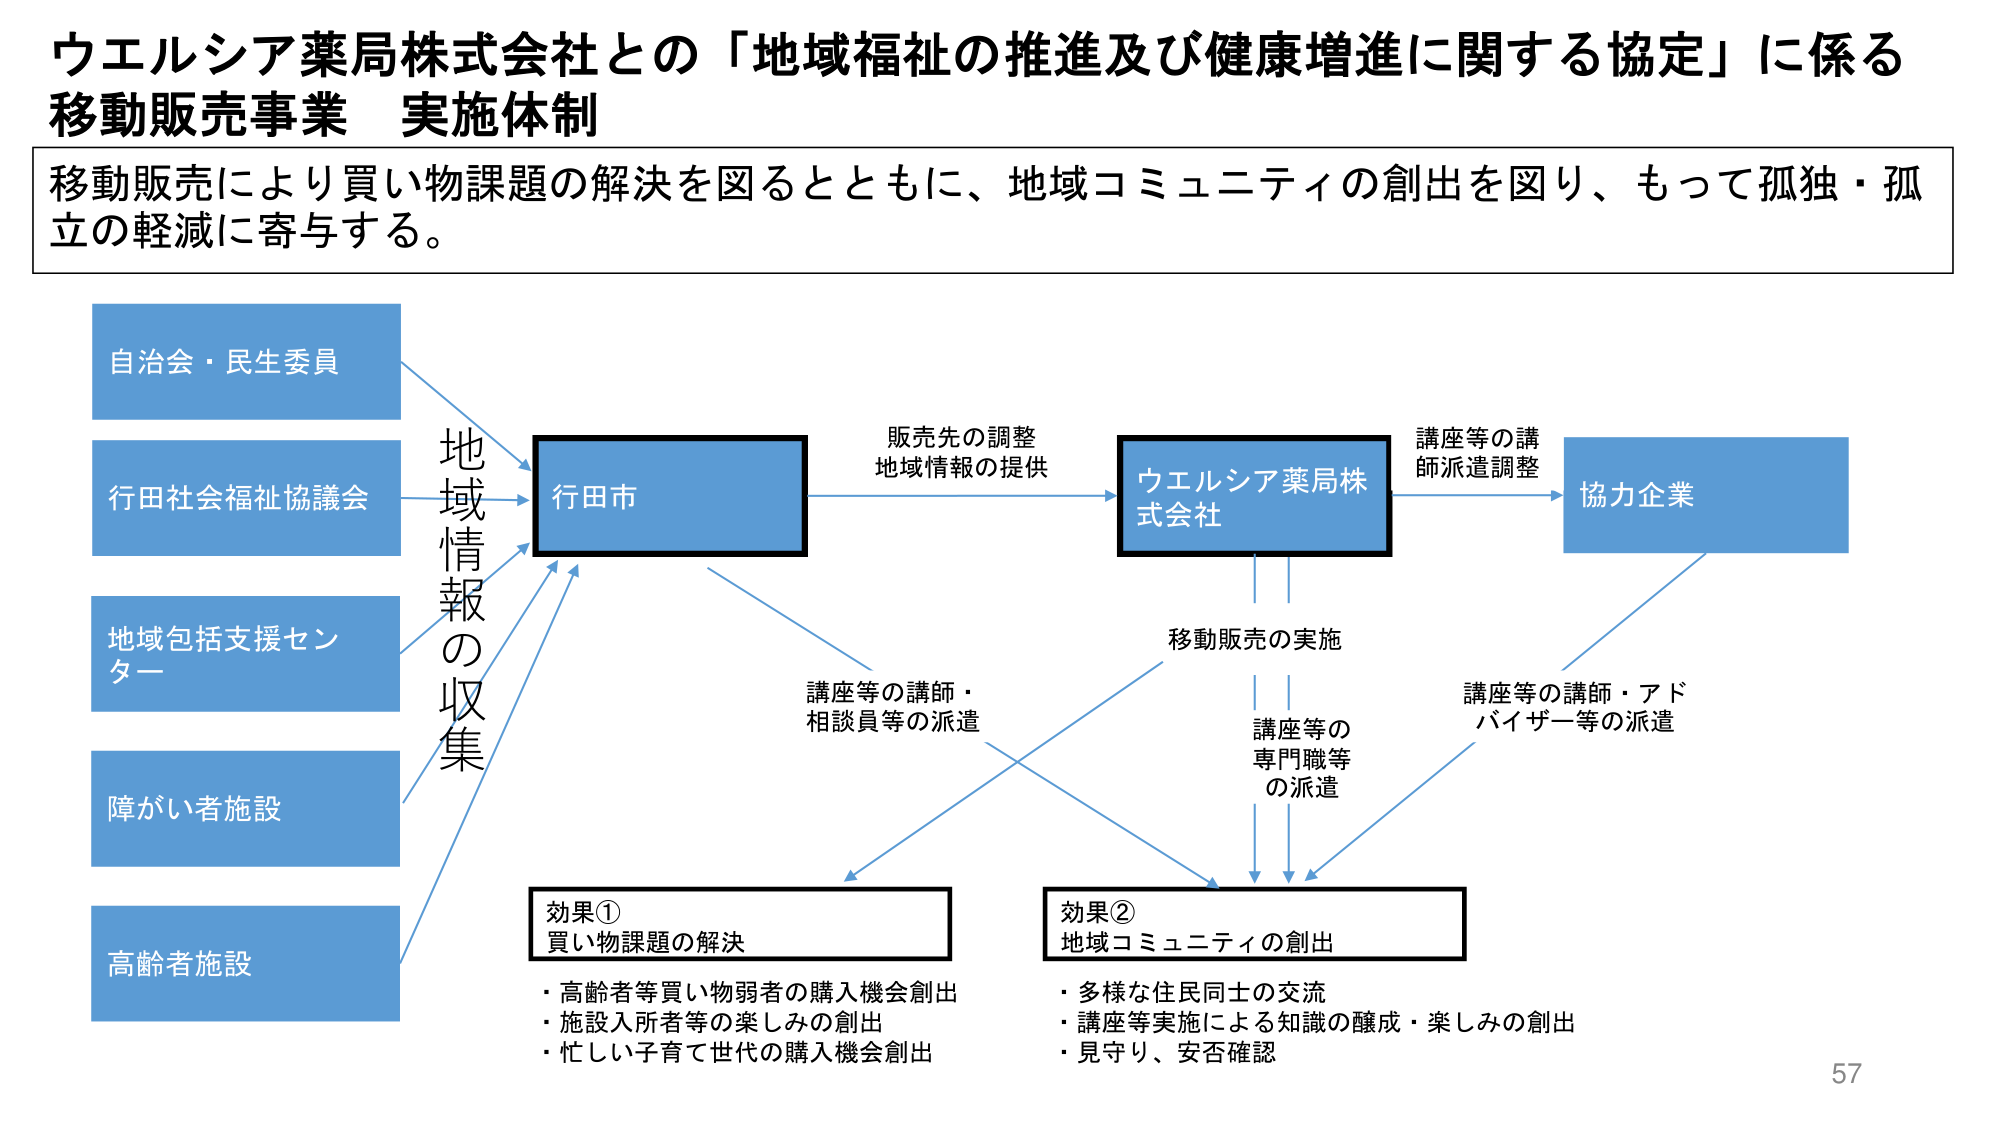
ウエルシア薬局株式会社との「地域福祉の推進及び健康増進に関する協定」に係る
移動販売事業 実施体制

移動販売により買い物課題の解決を図るとともに、地域コミュニティの創出を図り、もって孤独・孤立の軽減に寄与する。

自治会・民生委員
行田社会福祉協議会
地域包括支援センター
障がい者施設
高齢者施設

地域情報の収集

行田市

販売先の調整
地域情報の提供

ウエルシア薬局株式会社

講座等の講師派遣調整

協力企業

移動販売の実施

講座等の講師・相談員等の派遣

講座等の専門職等の派遣

講座等の講師・アドバイザー等の派遣

効果①
買い物課題の解決
・高齢者等買い物弱者の購入機会創出
・施設入所者等の楽しみの創出
・忙しい子育て世代の購入機会創出

効果②
地域コミュニティの創出
・多様な住民同士の交流
・講座等実施による知識の醸成・楽しみの創出
・見守り、安否確認

57